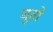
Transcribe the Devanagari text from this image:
जुतो